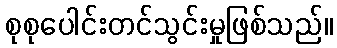
စုစုပေါင်းတင်သွင်းမှုဖြစ်သည်။